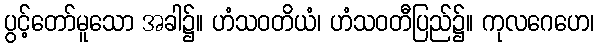
ပွင့်တော်မူသော အခါ၌။ ဟံသဝတိယံ၊ ဟံသဝတီပြည်၌။ ကုလဂေဟေ၊